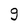
Character: g